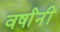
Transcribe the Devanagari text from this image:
वर्षांनीं